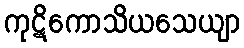
ကုဋိကောသိယသေယျာ